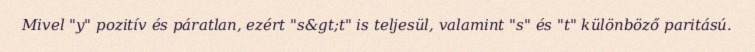
Mivel "y" pozitív és páratlan, ezért "s&gt;t" is teljesül, valamint "s" és "t" különböző paritású.